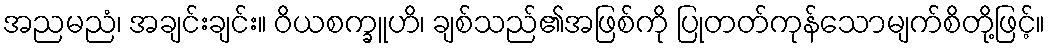
အညမညံ၊ အချင်းချင်း။ ဝိယစက္ခူဟိ၊ ချစ်သည်၏အဖြစ်ကို ပြုတတ်ကုန်သောမျက်စိတို့ဖြင့်။